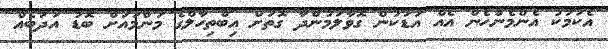
އެކަމަކު އެންމެންހެން އެއް އަޑަކުން ގޮވާލަމުންދާ ގޮތަށް އިބްތިހާލްގެ މަންމައަށް ބޮޑު އަދަބެއް